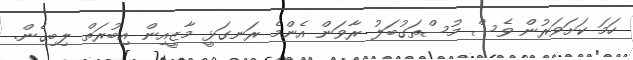
ހަމަ ކަށަވަރުން ވެސް މުސްތަގުބަލު ރާވަން އެންމެ ރަނގަޅީ މާޒީއިން އިބުރަތް ލިބިގެން.